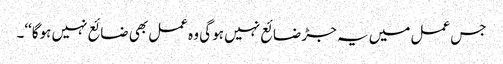
جس عمل میں یہ جڑ ضائع نہیں ہو گی وہ عمل بھی ضائع نہیں ہوگا‘‘۔